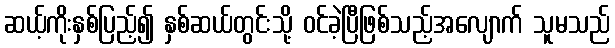
ဆယ့်ကိုးနှစ်ပြည့်၍ နှစ်ဆယ်တွင်းသို့ ဝင်ခဲ့ပြီဖြစ်သည့်အလျောက် သူမသည်